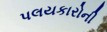
પલયકારોની